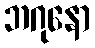
ဘဂုနော